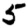
Digit: 5